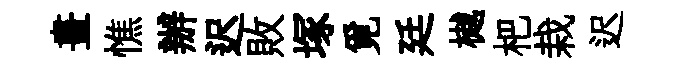
畫憔辦迟敗塚覓廷樾杷栽迟